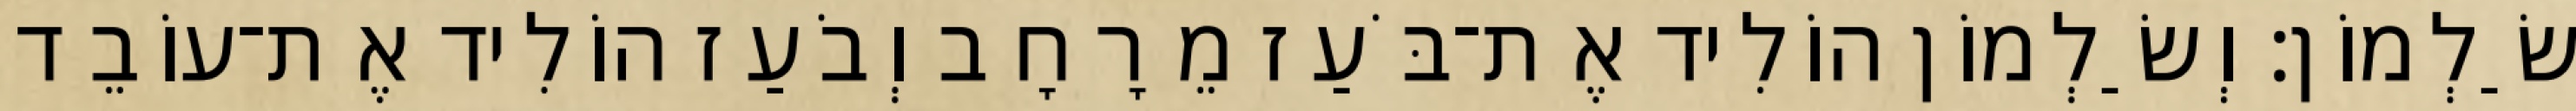
שַׂלְמוֹן׃ וְשַׂלְמוֹן הוֹלִיד אֶת־בֹּעַז מֵרָחָב וְבֹעַז הוֹלִיד אֶת־עוֹבֵד